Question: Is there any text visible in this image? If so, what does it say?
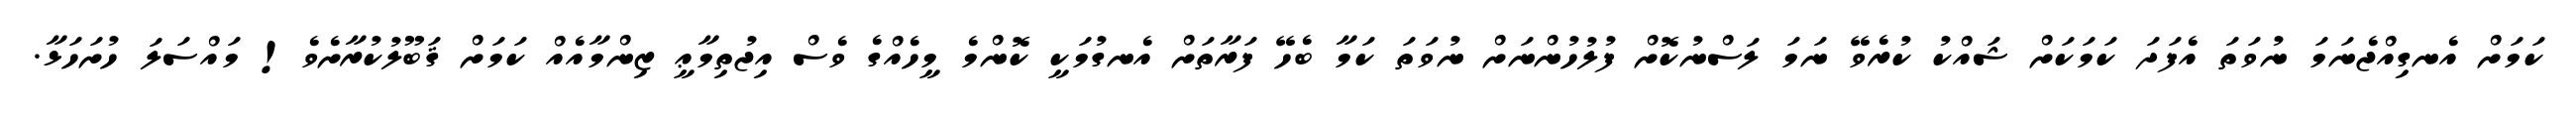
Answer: ކަމަށް އެނގިއްޖެނަމަ ނުވަތަ އެފަދަ ކަމަކަށް ޝައްކު ކުރެވޭ ނަމަ ލަސްނުކޮށް ފުލުހުންނަށް ނުވަތަ ކަމާ ބެހޭ ފަރާތަށް އެނގުމަކީ ކޮންމެ މީހެއްގެ ވެސް އިޖުތިމާޢީ ޒިންމާއެއް ކަމަށް ޤަބޫލުކުރާށެވެ! މައްސަލަ ހުށަހަޅާ.